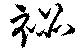
秘